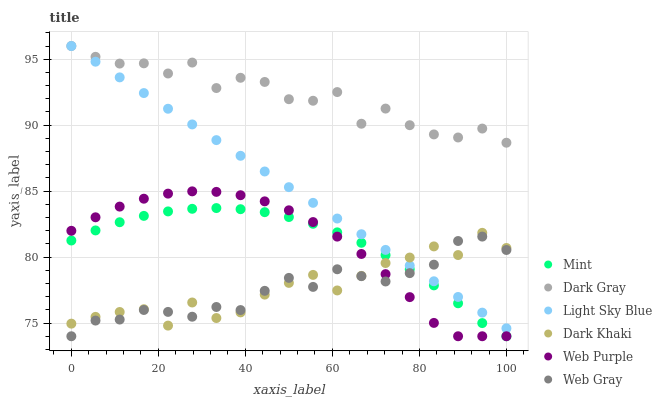
| xaxis_label | Mint | Dark Gray | Light Sky Blue | Dark Khaki | Web Purple | Web Gray |
 | --- | --- | --- | --- | --- | --- | --- |
 | 0 | 81.3 | 96 | 96 | 75 | 82 | 74 |
 | 5.56 | 82 | 95.2 | 94.8 | 75.5 | 83 | 75.2 |
 | 11.1 | 82.6 | 94.7 | 93.6 | 75.8 | 83.8 | 75.3 |
 | 16.7 | 83.1 | 94.7 | 92.4 | 76 | 84.4 | 76 |
 | 22.2 | 83.5 | 93.9 | 91.2 | 74.8 | 84.8 | 75.8 |
 | 27.8 | 83.7 | 94.7 | 90.1 | 76.6 | 85 | 75.5 |
 | 33.3 | 83.7 | 92.8 | 88.9 | 75.4 | 84.9 | 76.2 |
 | 38.9 | 83.6 | 93.6 | 87.7 | 75.8 | 84.7 | 76 |
 | 44.4 | 83.4 | 93.3 | 86.5 | 77.2 | 84.2 | 77.4 |
 | 50 | 83 | 92 | 85.3 | 78 | 83.5 | 78.4 |
 | 55.6 | 82.5 | 91.9 | 84.1 | 78.7 | 82.7 | 77.7 |
 | 61.1 | 81.9 | 92.5 | 82.9 | 77.5 | 81.6 | 79.1 |
 | 66.7 | 81.1 | 90.1 | 81.7 | 78.6 | 80.2 | 78.6 |
 | 72.2 | 80.1 | 91.3 | 80.5 | 79.5 | 78.7 | 78.2 |
 | 77.8 | 79.1 | 90 | 79.4 | 80 | 77 | 78.8 |
 | 83.3 | 77.9 | 89.3 | 78.2 | 80.8 | 75 | 79.4 |
 | 88.9 | 76.5 | 89.1 | 77 | 80.2 | 74 | 81.2 |
 | 94.4 | 75 | 89.7 | 75.8 | 81.8 | 74 | 81.6 |
 | 100 | 74 | 88.7 | 74.6 | 80.7 | 74 | 80.5 |